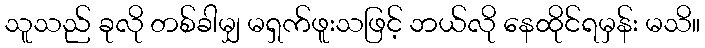
သူသည် ခုလို တစ်ခါမျှ မရှက်ဖူးသဖြင့် ဘယ်လို နေထိုင်ရမှန်း မသိ။